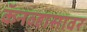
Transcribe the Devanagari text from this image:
कॅनव्हासावर